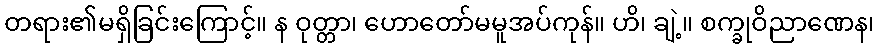
တရား၏မရှိခြင်းကြောင့်။ န ဝုတ္တာ၊ ဟောတော်မမူအပ်ကုန်။ ဟိ၊ ချဲ့။ စက္ခုဝိညာဏေန၊